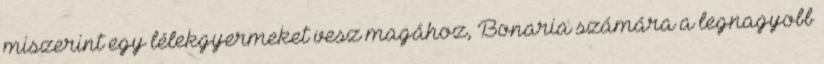
miszerint egy lélekgyermeket vesz magához, Bonaria számára a legnagyobb